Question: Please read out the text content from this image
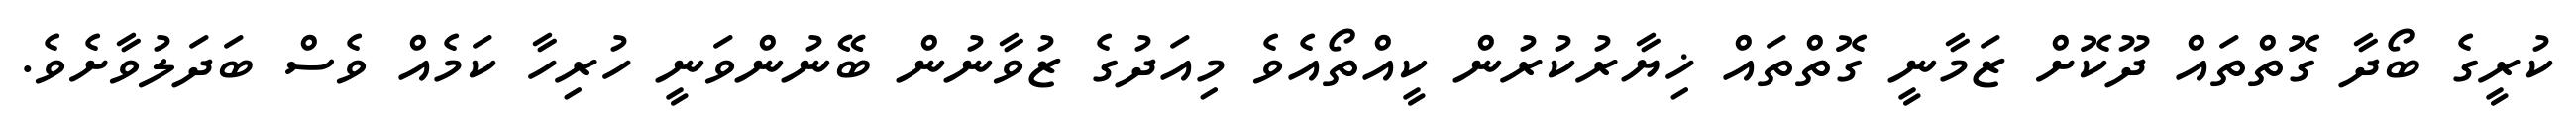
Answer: ކުރީގެ ބޯދާ ގޮތްތައް ދޫކޮށް ޒަމާނީ ގޮތްތައް ޚިޔާރުކުރުން ކީއްތޯއެވެ މިއަދުގެ ޒުވާނުން ބޭނުންވަނީ ހުރިހާ ކަމެއް ވެސް ބަދަލުވާށެވެ.